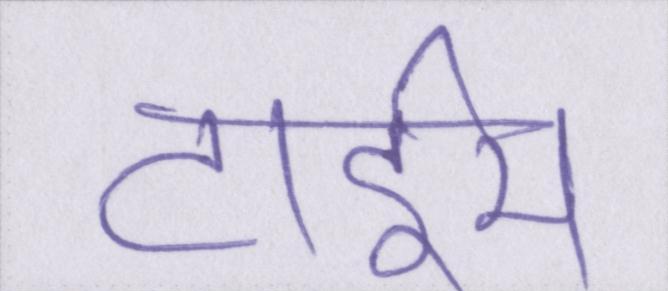
टाईम